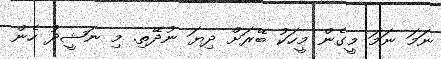
ނަމަ ނަމަ މީގެން މީހަކު ބޭރަށް ދިޔަ ނުދޭތި. މި ނަޝީދު ހެން